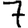
Digit: 7